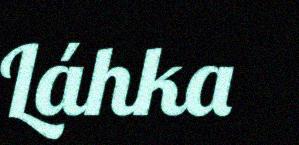
Láhka